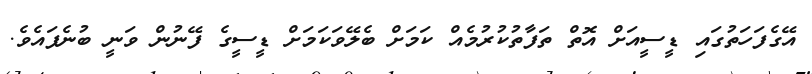
އޭގެފަހަތުގައި ޑީސީއަށް އޮތް ތަފާތުކުރުމެއް ކަމަށް ބެލޭވަކަމަށް ޑީސީގެ ފޭނުން ވަނީ ބުނެފައެވެ.